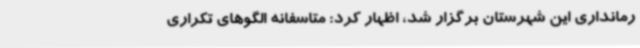
رمانداری این شهرستان برگزار شد، اظهار کرد: متاسفانه الگوهای تکراری